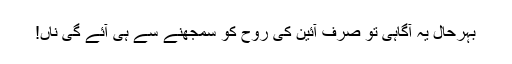
بہرحال یہ آگاہی تو صرف آئین کی روح کو سمجھنے سے ہی آئے گی ناں!